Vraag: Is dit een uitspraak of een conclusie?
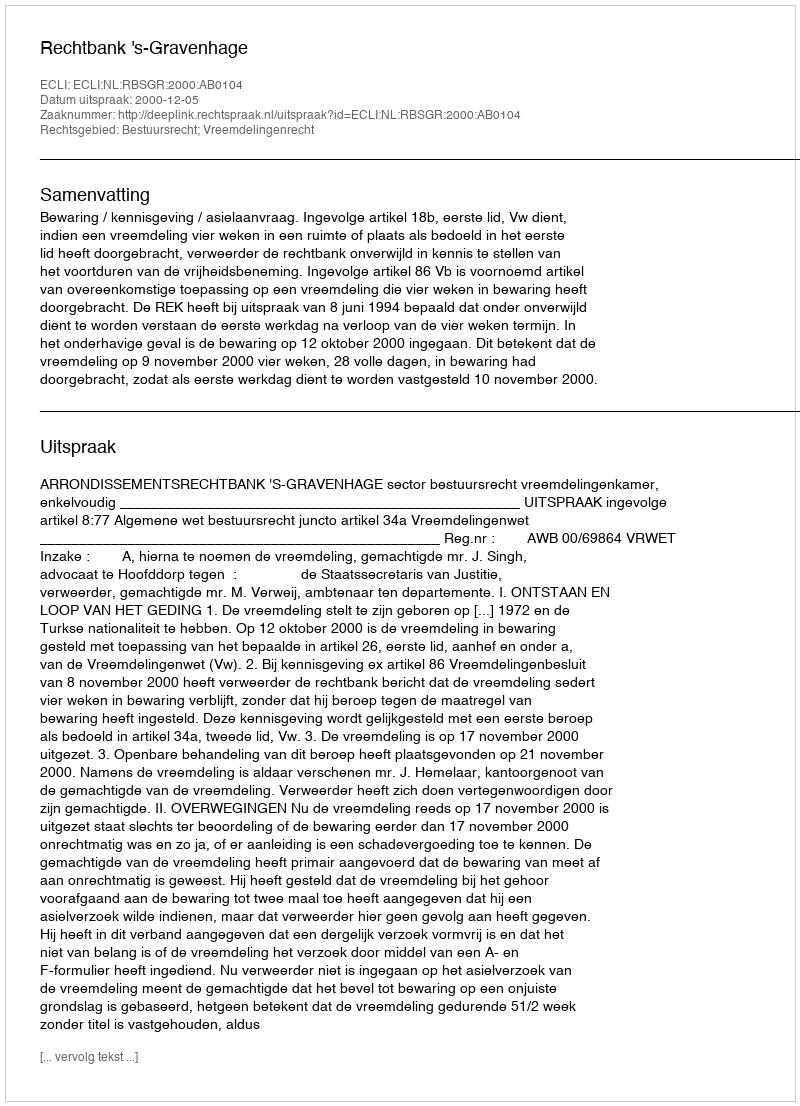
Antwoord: Uitspraak